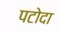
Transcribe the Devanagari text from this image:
पटोदा